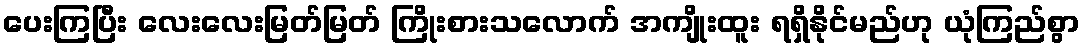
ပေးကြပြီး လေးလေးမြတ်မြတ် ကြိုးစားသလောက် အကျိုးထူး ရရှိနိုင်မည်ဟု ယုံကြည်စွာ